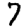
Digit: 7